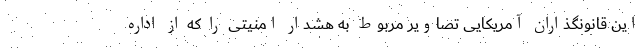
این قانونگذاران آمریکایی تصاویر مربوط به هشدار امنیتی را که از اداره